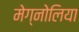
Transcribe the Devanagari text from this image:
मेग्नोलिया